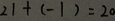
2 1 + ( - 1 ) = 2 0